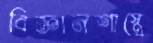
বিজ্ঞানশাস্ত্রে